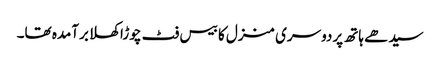
سیدھے ہاتھ پردوسری منزل کا بیس فٹ چوڑا کھلا برآمدہ تھا۔